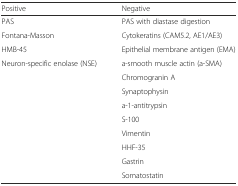
<table><thead><tr><td><b>Positive</b></td><td><b>Negative</b></td></tr></thead><tbody><tr><td>PAS</td><td>PAS with diastase digestion</td></tr><tr><td>Fontana-Masson</td><td>Cytokeratins (CAM5.2, AE1/AE3)</td></tr><tr><td>HMB-45</td><td>Epithelial membrane antigen (EMA)</td></tr><tr><td>Neuron-specific enolase (NSE)</td><td>a-smooth muscle actin (a-SMA)</td></tr><tr><td></td><td>Chromogranin A</td></tr><tr><td></td><td>Synaptophysin</td></tr><tr><td></td><td>a-1-antitrypsin</td></tr><tr><td></td><td>S-100</td></tr><tr><td></td><td>Vimentin</td></tr><tr><td></td><td>HHF-35</td></tr><tr><td></td><td>Gastrin</td></tr><tr><td></td><td>Somatostatin</td></tr></tbody></table>